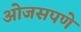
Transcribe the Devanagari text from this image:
ओजसपणे